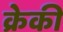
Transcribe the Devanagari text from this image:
क्रेकी